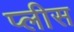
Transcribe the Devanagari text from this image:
प्लीस